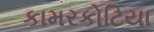
કામરકોટિયા